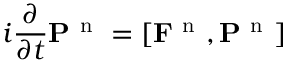
i \frac { \partial } { \partial t } \mathbf { P } ^ { \mathrm { ~ n ~ } } = \left[ \mathbf { F } ^ { \mathrm { ~ n ~ } } , \mathbf { P } ^ { \mathrm { ~ n ~ } } \right]